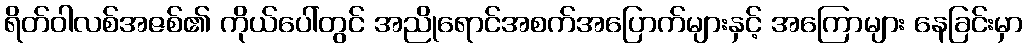
ရိတ်ဝါလစ်အဇစ်၏ ကိုယ်ပေါ်တွင် အညိုရောင်အစက်အပြောက်များနှင့် အကြောများ နေခြင်းမှာ